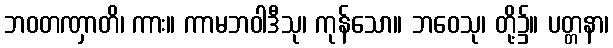
ဘဝတဏှာတိ၊ ကား။ ကာမဘဝါဒီသု၊ ကုန်သော။ ဘဝေသု၊ တို့၌။ ပတ္တနာ၊